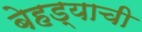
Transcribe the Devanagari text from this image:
बेहड्याची